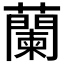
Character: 蘭